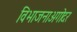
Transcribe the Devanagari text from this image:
विभाजनाअगोदर